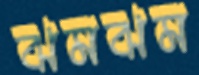
ঝমঝম